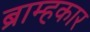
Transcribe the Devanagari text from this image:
ब्राम्हकार